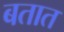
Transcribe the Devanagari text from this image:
बतात